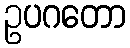
ဥပဂတော